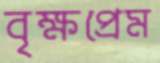
বৃক্ষপ্রেম